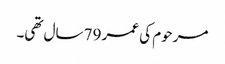
مرحوم کی عمر 79 سال تھی۔